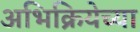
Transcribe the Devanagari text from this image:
अभिक्रियेच्या